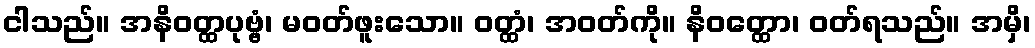
ငါသည်။ အနိဝတ္ထပုဗ္ဗံ၊ မဝတ်ဖူးသော။ ဝတ္ထံ၊ အဝတ်ကို။ နိဝတ္ထော၊ ဝတ်ရသည်။ အမှိ၊